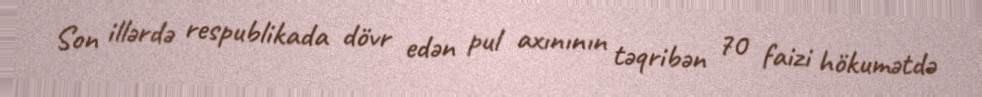
Son illərdə respublikada dövr edən pul axınının təqribən 70 faizi hökumətdə